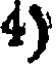
4)